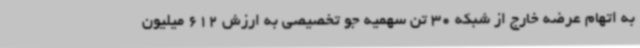
به اتهام عرضه خارج از شبکه 30 تن سهمیه جو تخصیصی به ارزش 612 میلیون